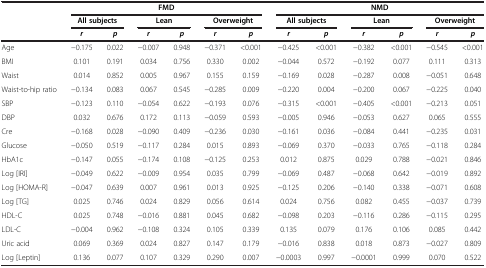
<table><thead><tr><td><b> </b></td><td colspan="6"><b>FMD</b></td><td colspan="6"><b>NMD</b></td></tr><tr><td><b> </b></td><td colspan="2"><b>All subjects</b></td><td colspan="2"><b>Lean</b></td><td colspan="2"><b>Overweight</b></td><td colspan="2"><b>All subjects</b></td><td colspan="2"><b>Lean</b></td><td colspan="2"><b>Overweight</b></td></tr><tr><td><b> </b></td><td><b><i>r</i></b></td><td><b><i>p</i></b></td><td><b><i>r</i></b></td><td><b><i>p</i></b></td><td><b><i>r</i></b></td><td><b><i>p</i></b></td><td><b><i>r</i></b></td><td><b><i>p</i></b></td><td><b><i>r</i></b></td><td><b><i>p</i></b></td><td><b><i>r</i></b></td><td><b><i>p</i></b></td></tr></thead><tbody><tr><td>Age</td><td>−0.175</td><td>0.022</td><td>−0.007</td><td>0.948</td><td>−0.371</td><td>&lt;0.001</td><td>−0.425</td><td>&lt;0.001</td><td>−0.382</td><td>&lt;0.001</td><td>−0.545</td><td>&lt;0.001</td></tr><tr><td>BMI</td><td>0.101</td><td>0.191</td><td>0.034</td><td>0.756</td><td>0.330</td><td>0.002</td><td>−0.044</td><td>0.572</td><td>−0.192</td><td>0.077</td><td>0.111</td><td>0.313</td></tr><tr><td>Waist</td><td>0.014</td><td>0.852</td><td>0.005</td><td>0.967</td><td>0.155</td><td>0.159</td><td>−0.169</td><td>0.028</td><td>−0.287</td><td>0.008</td><td>−0.051</td><td>0.648</td></tr><tr><td>Waist-to-hip ratio</td><td>−0.134</td><td>0.083</td><td>0.067</td><td>0.545</td><td>−0.285</td><td>0.009</td><td>−0.220</td><td>0.004</td><td>−0.200</td><td>0.067</td><td>−0.225</td><td>0.040</td></tr><tr><td>SBP</td><td>−0.123</td><td>0.110</td><td>−0.054</td><td>0.622</td><td>−0.193</td><td>0.076</td><td>−0.315</td><td>&lt;0.001</td><td>−0.405</td><td>&lt;0.001</td><td>−0.213</td><td>0.051</td></tr><tr><td>DBP</td><td>0.032</td><td>0.676</td><td>0.172</td><td>0.113</td><td>−0.059</td><td>0.593</td><td>−0.005</td><td>0.946</td><td>−0.053</td><td>0.627</td><td>0.065</td><td>0.555</td></tr><tr><td>Cre</td><td>−0.168</td><td>0.028</td><td>−0.090</td><td>0.409</td><td>−0.236</td><td>0.030</td><td>−0.161</td><td>0.036</td><td>−0.084</td><td>0.441</td><td>−0.235</td><td>0.031</td></tr><tr><td>Glucose</td><td>−0.050</td><td>0.519</td><td>−0.117</td><td>0.284</td><td>0.015</td><td>0.893</td><td>−0.069</td><td>0.370</td><td>−0.033</td><td>0.765</td><td>−0.118</td><td>0.284</td></tr><tr><td>HbA1c</td><td>−0.147</td><td>0.055</td><td>−0.174</td><td>0.108</td><td>−0.125</td><td>0.253</td><td>0.012</td><td>0.875</td><td>0.029</td><td>0.788</td><td>−0.021</td><td>0.846</td></tr><tr><td>Log [IRI]</td><td>−0.049</td><td>0.622</td><td>−0.009</td><td>0.954</td><td>0.035</td><td>0.799</td><td>−0.069</td><td>0.487</td><td>−0.068</td><td>0.642</td><td>−0.019</td><td>0.892</td></tr><tr><td>Log [HOMA-R]</td><td>−0.047</td><td>0.639</td><td>0.007</td><td>0.961</td><td>0.013</td><td>0.925</td><td>−0.125</td><td>0.206</td><td>−0.140</td><td>0.338</td><td>−0.071</td><td>0.608</td></tr><tr><td>Log [TG]</td><td>0.025</td><td>0.746</td><td>0.024</td><td>0.829</td><td>0.056</td><td>0.614</td><td>0.024</td><td>0.756</td><td>0.082</td><td>0.455</td><td>−0.037</td><td>0.739</td></tr><tr><td>HDL-C</td><td>0.025</td><td>0.748</td><td>−0.016</td><td>0.881</td><td>0.045</td><td>0.682</td><td>−0.098</td><td>0.203</td><td>−0.116</td><td>0.286</td><td>−0.115</td><td>0.295</td></tr><tr><td>LDL-C</td><td>−0.004</td><td>0.962</td><td>−0.108</td><td>0.324</td><td>0.105</td><td>0.339</td><td>0.135</td><td>0.079</td><td>0.176</td><td>0.106</td><td>0.085</td><td>0.442</td></tr><tr><td>Uric acid</td><td>0.069</td><td>0.369</td><td>0.024</td><td>0.827</td><td>0.147</td><td>0.179</td><td>−0.016</td><td>0.838</td><td>0.018</td><td>0.873</td><td>−0.027</td><td>0.809</td></tr><tr><td>Log [Leptin]</td><td>0.136</td><td>0.077</td><td>0.107</td><td>0.329</td><td>0.290</td><td>0.007</td><td>−0.0003</td><td>0.997</td><td>−0.0001</td><td>0.999</td><td>0.070</td><td>0.522</td></tr></tbody></table>